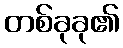
တစ်ခုခု၏